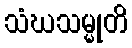
သံဃသမ္မုတိ